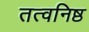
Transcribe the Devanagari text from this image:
तत्वनिष्ठ